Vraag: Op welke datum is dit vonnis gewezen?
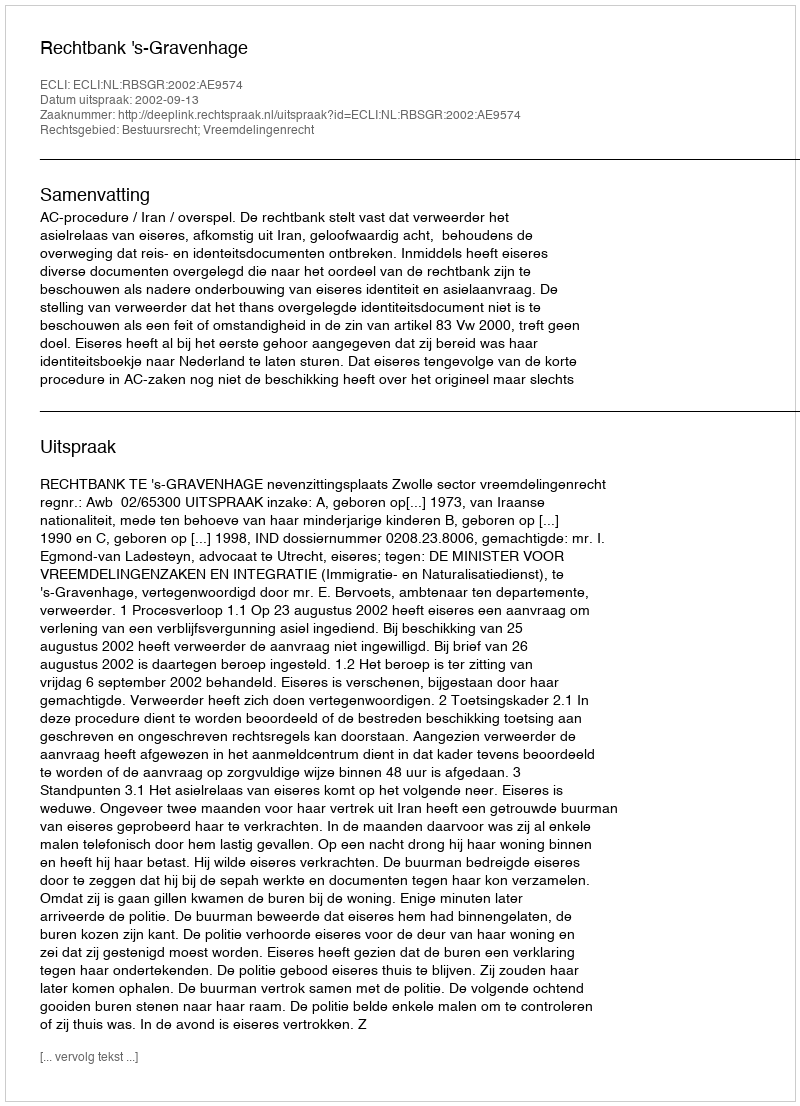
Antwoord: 2002-09-13